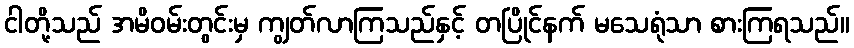
ငါတို့သည် အမိဝမ်းတွင်းမှ ကျွတ်လာကြသည်နှင့် တပြိုင်နက် မသေရုံသာ စားကြရသည်။